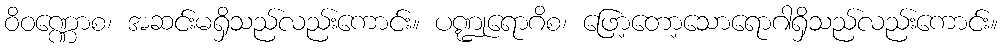
ဝိဝဏ္ဏောစ၊ အဆင်းမရှိသည်လည်းကောင်း။ ပဏ္ဍုရောဂိစ၊ ဖြော့တော့သောရောဂါရှိသည်လည်းကောင်း။